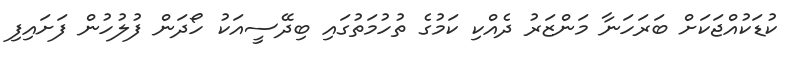
ކުޑަކުއްޖަކަށް ބަރަހަނާ މަންޒަރު ދެއްކި ކަމުގެ ތުހުމަތުގައި ބިދޭސީއަކު ހޯދަން ފުލުހުން ފަށައިފި